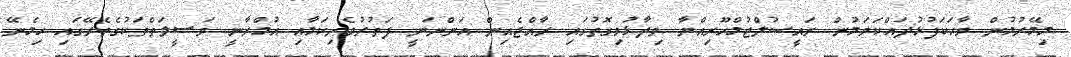
މިމޭރުމުން ވާހަކަފުޅުދައްކަވަމުން ރައީސުލްޖުމްހޫރިއްޔާ ވިދާޅުވިގޮތުގައި ރާއްޖެއިން އަންނަނީ ފަތުރުވެރިކަމާއި އުމްރާނީ ވަޞީލަތްތަކުގެތެރޭގައި ހިމެނޭ